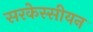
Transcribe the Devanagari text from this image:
सरकेस्सीयन